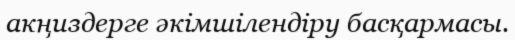
акңиздерге әкімшілендіру басқармасы.